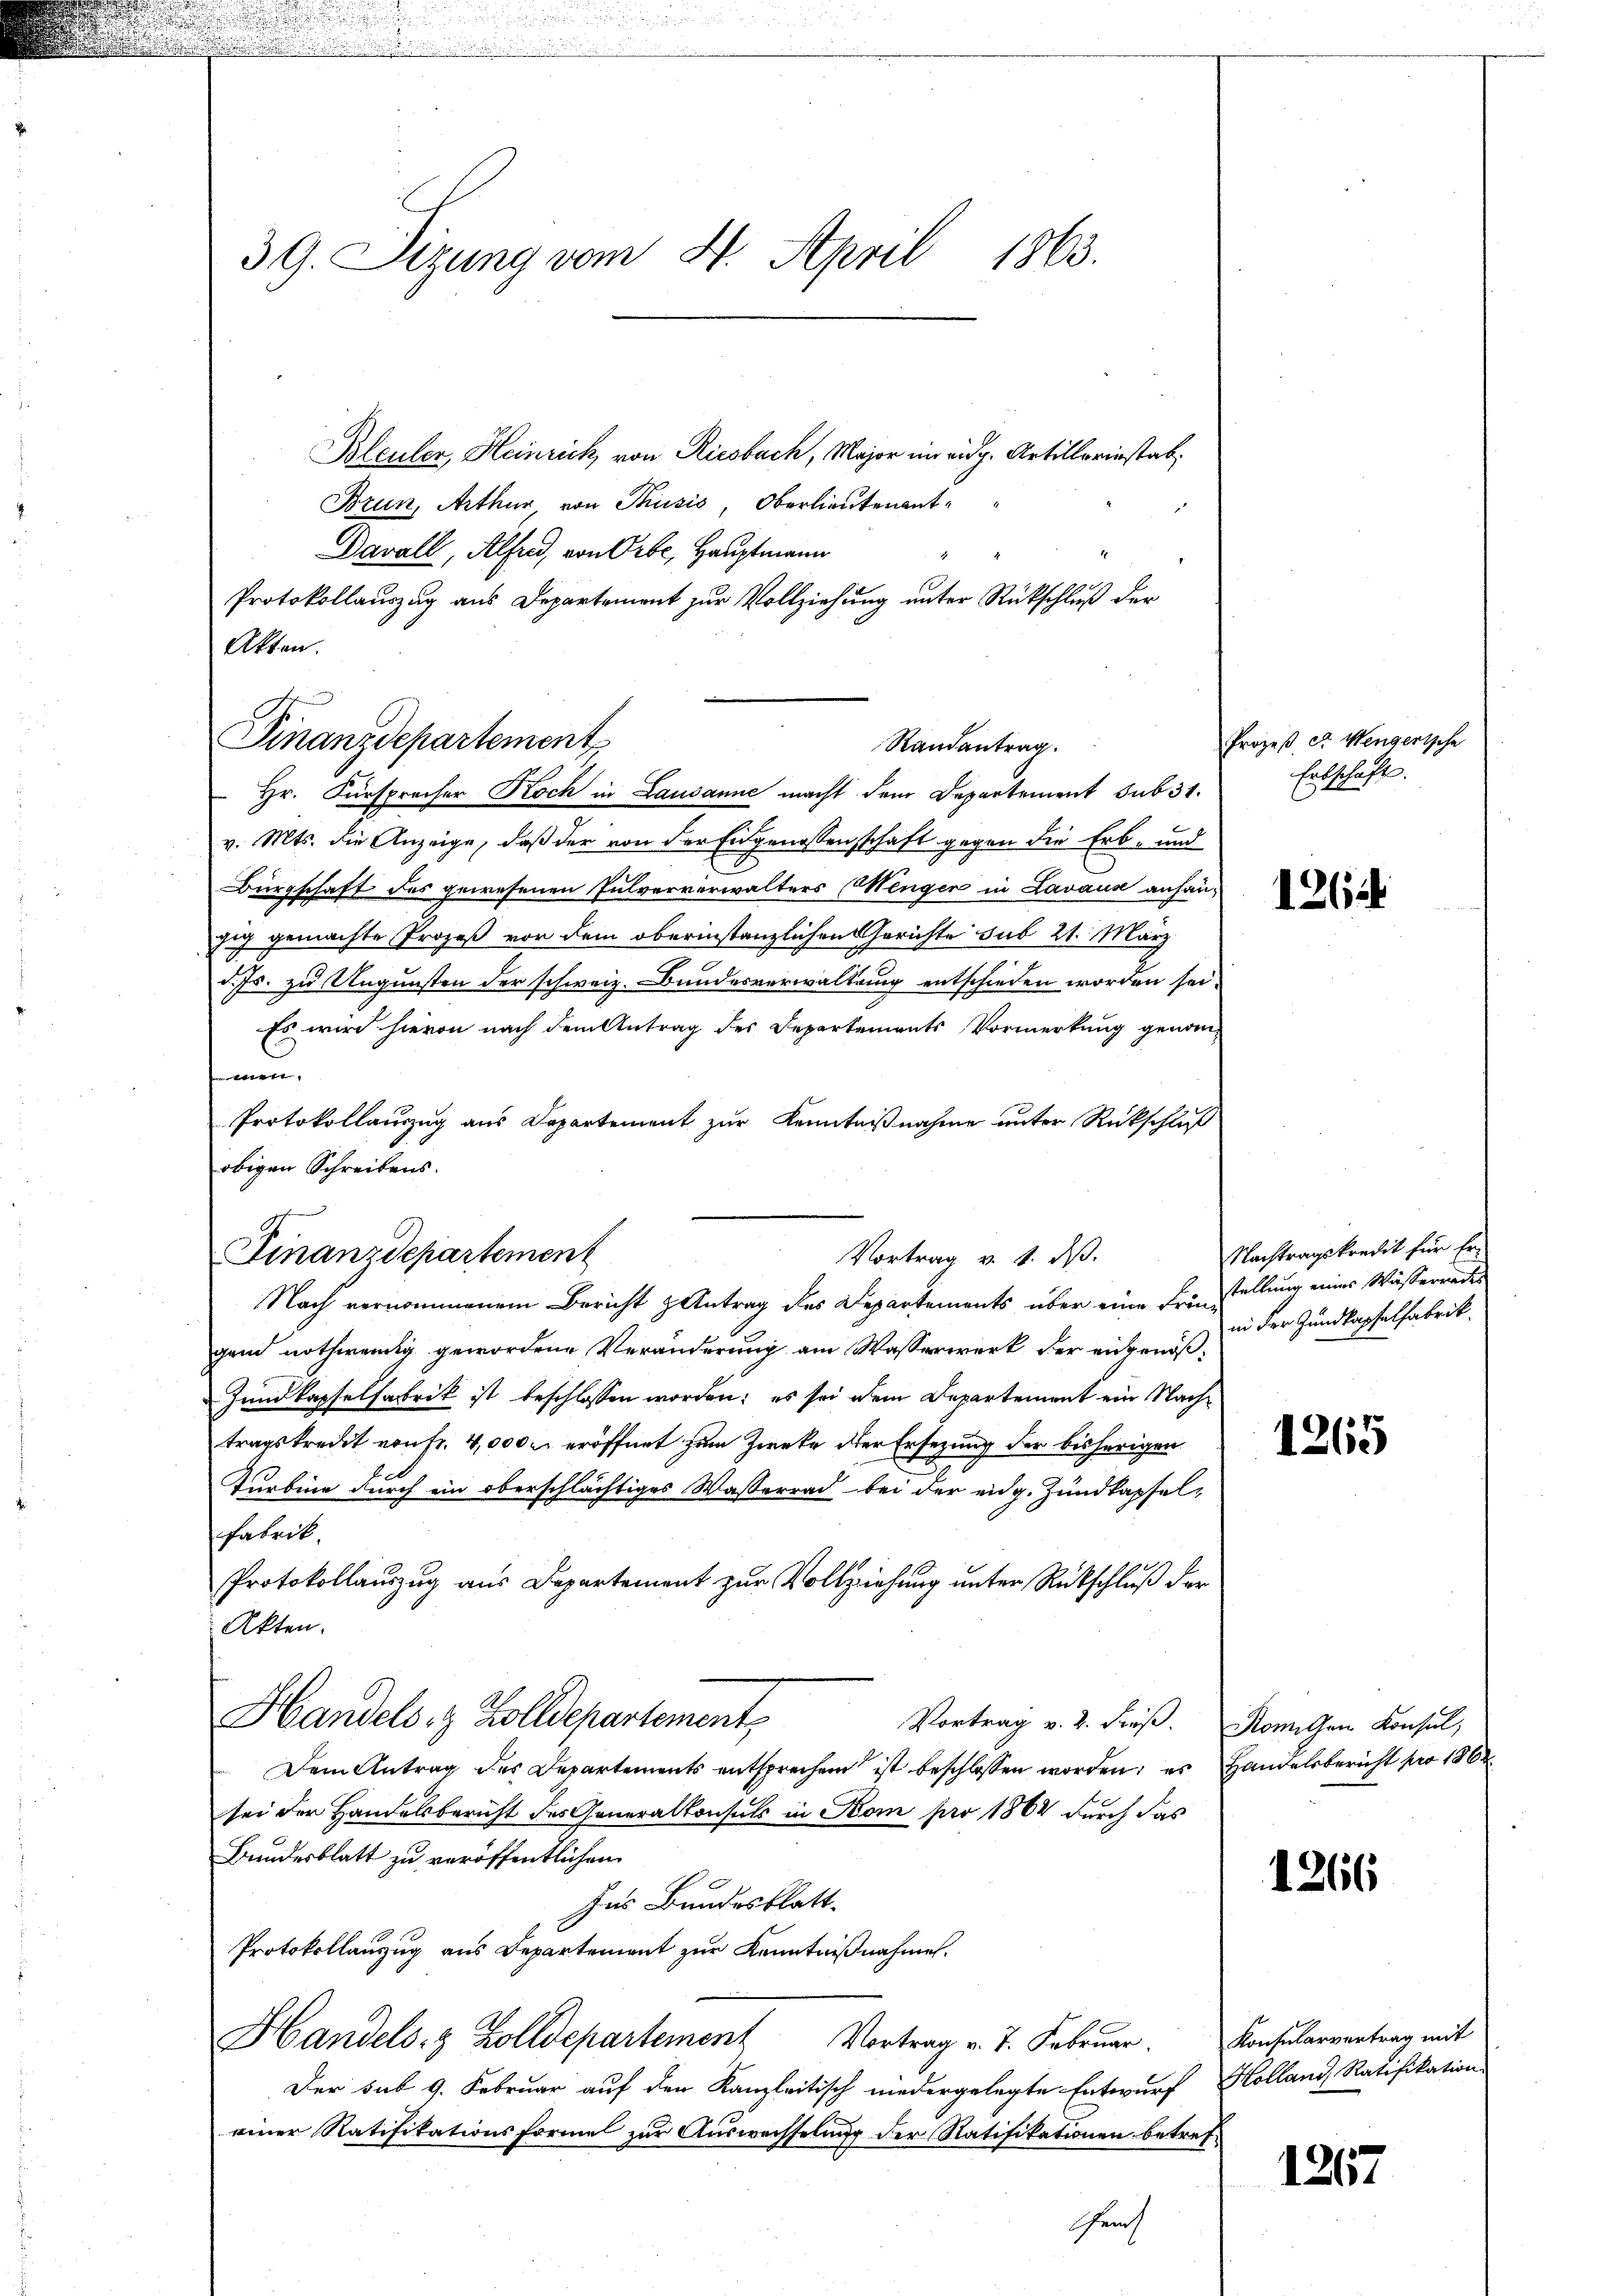
39. Sizung vom 4. April 1863.

Bleuler, Heinrich, von Riesbach, Major im eidg. Artillerinstab,
Brun, Arthur von Thusis, Oberlieutenant¬
Davall, Alfred, von Orte, Hauptmann
Protokollauszug aus Departement zur Vollziehung unter Rückschluß der
Akten.

Hr. Fürsprocher Roch in Lausanne macht dem Departement sub 31.
v. Mts. die Anzeige, daß der von der Eidgenossenschaft gegen die Erb- und
Bürgschaft des gewesenen Pulververwalters (Menger in Lavaus anhängig gemachte Prozeß vor dem oberinstanzlichen Gerichte sub 21. März
d. Js. zu Ungunsten der schweiz. Bundesverwaltung entschieden worden sei.
Es wird hievon nach dem Antrag des Departements Vormerkung genom¬
 bittet
Protokollauszug aus Departement zur Kenntnißnahme unter Rückschluß
obigen Schreibens.
Finanzdepartement
Vortrag v. 1. ds.
Nach vernommenem Bericht Antrag des Departements über eine Friegend nothwendig gewordene Veränderung am Wasserwerk der eingenöß¬
Zundkapselfabrik ist beschlossen worden; es sei dem Departement ein Nachtragskredit von fr. 4,000 r. eröffnet zum Zwecke der Ersezung der bisherigen
Turbina durch ein oberschlächtiges Wasserrad bei der eidg. Zundkapsel-
Fabrik.
Protokollauszug aus Departement zur Vollziehung unter Rückschluß der
 Atten.
Handels- & Zolldepartement,
Vortrag v. 2. Freß. Romischen Konsul,
Dem Antrag des Departements entsprechen ist beschlossen worden; es Handelsbericht pro 1862
sei der Handelsbericht des Generalkonsuls in Nom pro 1862 durch das
Bundesblatt zu veröffentlichen
her Bundesblatt
Protokollauszug aus Departement zur Kenntnißnahme.
Handels- & Zolldepartement Vortrag v. J. Februar. Konsularvertrag mit
Der sub 9. Februar auf den Kanzleitisch niedergelegte Entwurf, Kolland, Ratifikation
einer Ratifikationsformel zur Auswechselung der Ratifikationen betref¬
Gem

Finanzdepartement

Randantrag.

Prozeß er Mengerische
Erbschaft.

1264

Nachtragskredit für Erstellung eines Wässerrades
in der Zundkapselfabrik.

1265

1266

1267